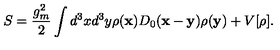
S = \frac { g _ { m } ^ { 2 } } { 2 } \int d ^ { 3 } x d ^ { 3 } y \rho ( { \bf x } ) D _ { 0 } ( { \bf x } - { \bf y } ) \rho ( { \bf y } ) + V [ \rho ] .